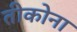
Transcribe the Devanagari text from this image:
तीकोना